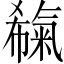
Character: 𣱬